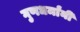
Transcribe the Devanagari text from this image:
गुणधर्मांनी